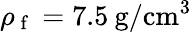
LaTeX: \rho_{\mathrm{~f~}}=7.5\: \mathrm{g/cm^{3}}